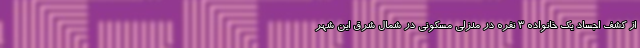
از کشف اجساد یک خانواده ۳ نفره در منزلی مسکونی در شمال شرق این شهر